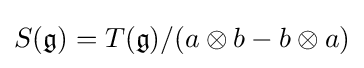
S({\mathfrak {g}})=T({\mathfrak {g}})/(a\otimes b-b\otimes a)